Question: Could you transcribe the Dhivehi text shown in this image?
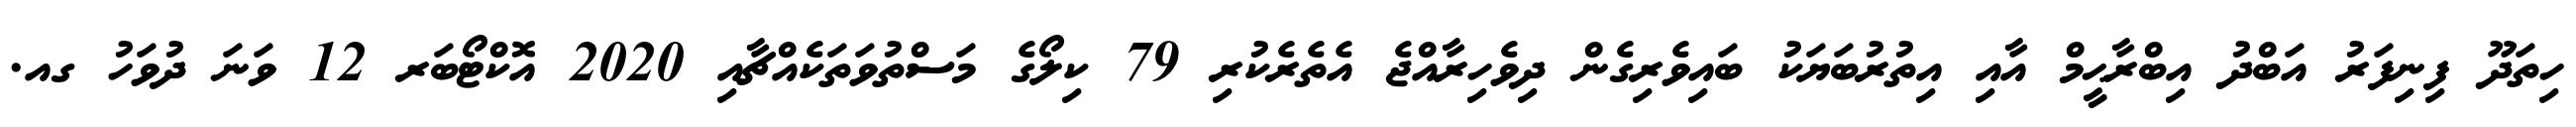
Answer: ހިތަދޫ ފިނިފަރު އަބްދު އިބްރާޙީމް އާއި އިތުރުބަޔަކު ބައިވެރިގެން ދިވެހިރާއްޖެ އެތެރެކުރި 79 ކިލޯގެ މަސްތުވަތަކެއްޗާއި 2020 އޮކްޓޯބަރ 12 ވަނަ ދުވަހު ގއ.